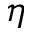
\boldsymbol \eta